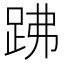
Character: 𧿳